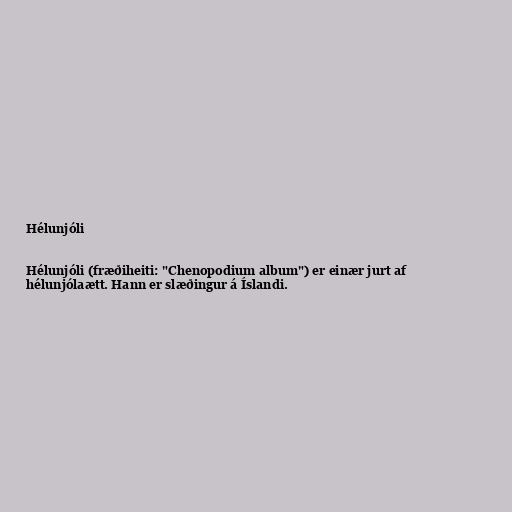
Hélunjóli

Hélunjóli (fræðiheiti: "Chenopodium album") er einær jurt af
hélunjólaætt. Hann er slæðingur á Íslandi.